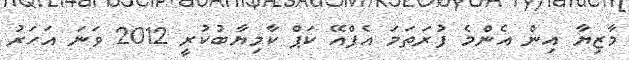
މާޒިޔާ އިން އެންމެ ފުރަތަމަ އެފްއޭ ކަޕް ކާމިޔާބުކުރީ 2012 ވަނަ އަހަރު